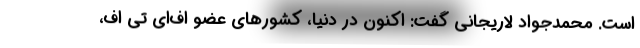
است. محمدجواد لاریجانی گفت: اکنون در دنیا، کشور‌های عضو اف‌ای تی اف،